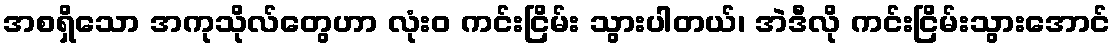
အစရှိသော အကုသိုလ်တွေဟာ လုံးဝ ကင်းငြိမ်း သွားပါတယ်၊ အဲဒီလို ကင်းငြိမ်းသွားအောင်